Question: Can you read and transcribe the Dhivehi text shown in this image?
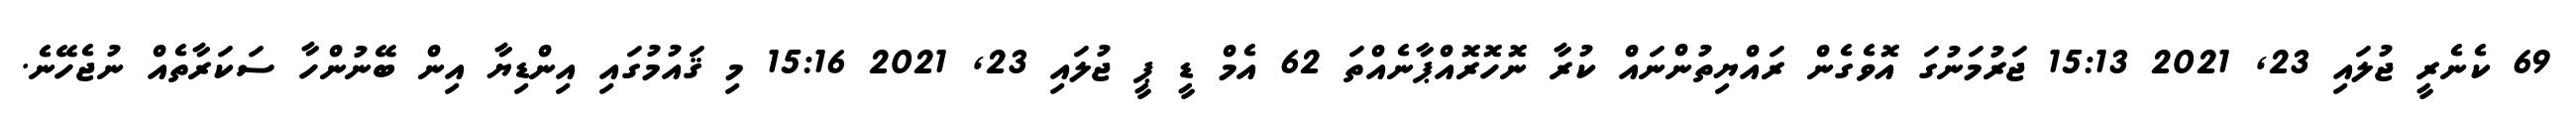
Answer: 69 ކެނެރީ ޖުލައި 23, 2021 15:13 ޖަރުމަނުގަ އޮވެގެން ރައްޔިތުންނައް ކުރާ ނޮހޮރޮއްޕާނެއްތަ 62 އެމް ޑީ ޕީ ޖުލައި 23, 2021 15:16 މި ޤައުމުގައި އިންޑިޔާ އިން ބޭނުންހާ ސަކަރާތެއް ނުޖެހޭނެ.